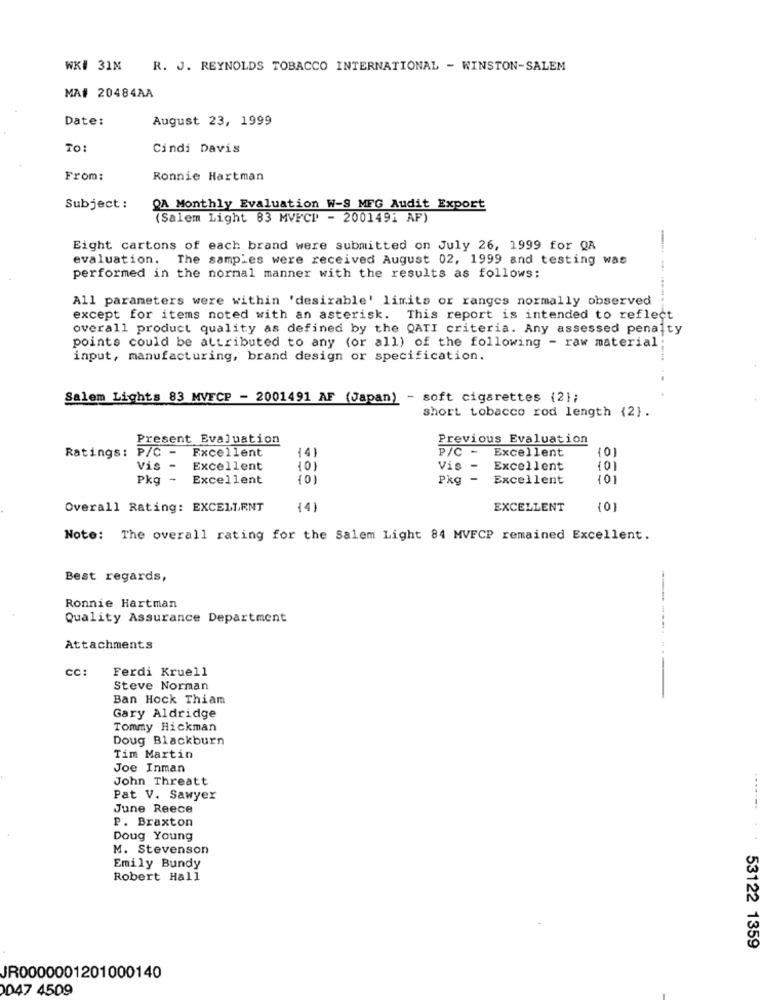
WK# 31M R. J. REYNOLDS TOBACCO INTERNATIONAL - WINSTON-SALEM
MA# 20484AA
Date:
August 23, 1999
TO
Cindi Davis
From:
Ronnie Hartman
Subject:
QA Monthly Evaluation W-S MFG Audit Export
(Salem Light 83 MVFCP - 2001491 AF)
Eight cartons of each brand were submitted on July 26, 1999 for QA
evaluation. The samples were received August 02, 1999 and testing was
performed in the normal manner with the results as follows:
All parameters were within 'desirable' limits or ranges normally observed
except for items noted with an asterisk.
This report is intended to reflect
overall product quality as defined by the QATI criteria. Any assessed penalty
points could be attributed to any (or all) of the following - raw material
input, manufacturing, brand design or specification.
Salem Lights 83 MVECP - 2001491 AF (Japan) - soft cigarettes {2};
short tobacco rod length {2}.
Present Evaluation
Previous Evaluation
Ratings: P/C -
Excellent
{4}
P/C - Excellent
{01
Vis
Excellent
101
Vis -
Excellent
{01
Pkg -
Excellent
(0)
Pkg -
Excellent
101
Overall Rating: EXCELLENT
{4}
EXCELLENT
Note: The overall rating for the Salem Light 84 MVFCP remained Excellent.
Best regards,
Ronnie Hartman
Quality Assurance Department
Attachments
CC:
Ferdi Kruell
Steve Norman
Ban Hock Thiam
Gary Aldridge
Tommy Hickman
Doug Blackburn
Tim Martin
Joe Inman
John Threatt
Pat V. Sawyer
June Reece
P. Braxton
Doug Young
M. Stevenson
Emily Bundy
Robert Hall
53122 1359
JR0000001201000140
047 4509